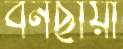
বনছায়া